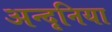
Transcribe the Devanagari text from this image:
अन्दृनिया